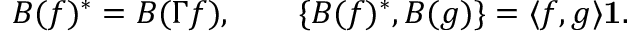
B ( f ) ^ { * } = B ( \Gamma f ) , \qquad \{ B ( f ) ^ { * } , B ( g ) \} = \langle f , g \rangle { \bf 1 } .